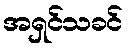
အရှင်သခင်